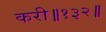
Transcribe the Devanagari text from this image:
करी॥१३२॥